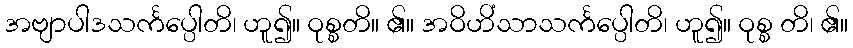
အဗျာပါဒသင်္ကပ္ပေါတိ၊ ဟူ၍။ ဝုစ္စတိ။ ၏။ အဝိဟိံသာသင်္ကပ္ပေါတိ၊ ဟူ၍။ ဝုစ္စ တိ၊ ၏။